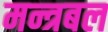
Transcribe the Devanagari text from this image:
मन्त्रबल